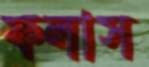
ফলাস